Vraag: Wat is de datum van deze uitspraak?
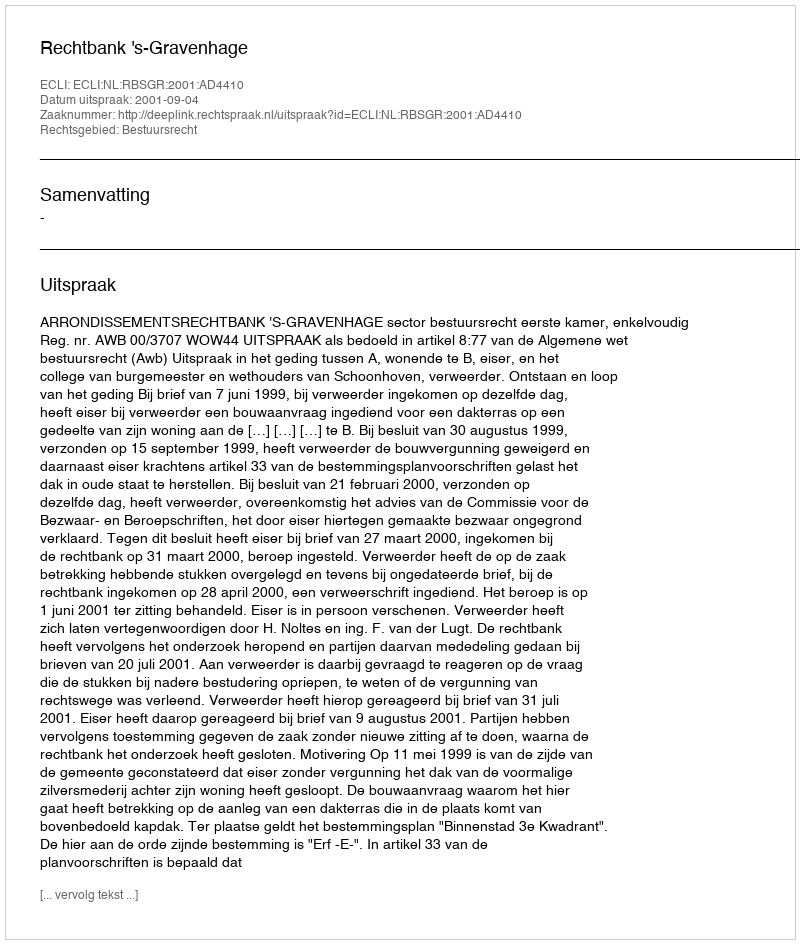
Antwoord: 2001-09-04